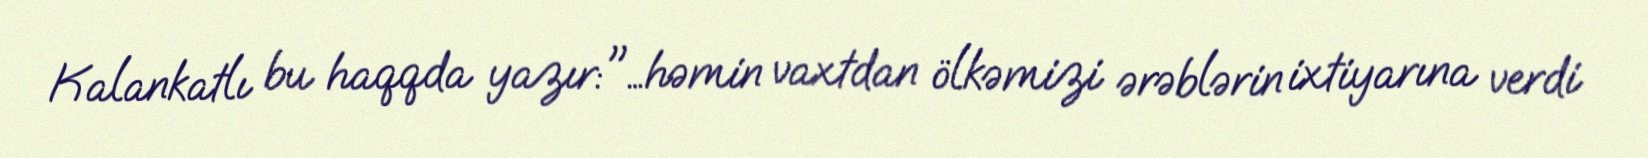
Kalankatlı bu haqqda yazır:"…həmin vaxtdan ölkəmizi ərəblərin ixtiyarına verdi